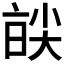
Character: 𡙑